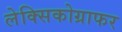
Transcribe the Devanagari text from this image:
लेक्सिकोग्राफर